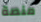
منصة